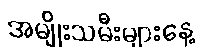
အမျိုးသမီးများနေ့